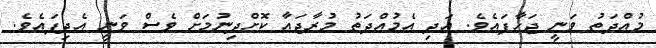
މުއްދަތު ވަނީ ޖަހާފައެވެ. އަދި އެމުއްދަތު މުރާޖައާ ކޮށްދިނުމަށް ވެސް ވަނީ އެދިފައެވެ.